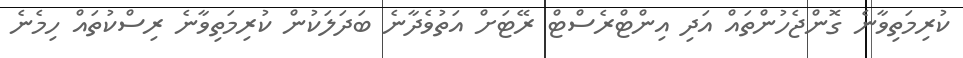
ކުރިމަތިވާނެ ގޮންޖެހުންތައް އަދި އިންޓްރެސްޓް ރޭޓަށް އަތުވެދާނެ ބަދަލަކުން ކުރިމަތިވާނެ ރިސްކުތައް ހިމެނެ